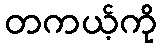
တကယ့်ကို